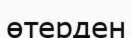
өтерден